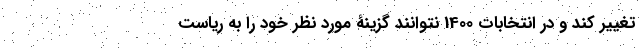
تغییر کند و در انتخابات 1400 نتوانند گزینۀ مورد نظر خود را به ریاست